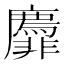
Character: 𬰟